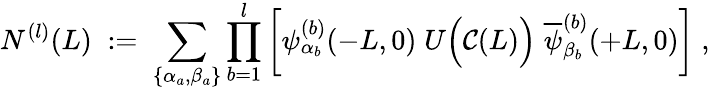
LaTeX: N^{(l)}(L)\; :=\; \sum_{\{ \alpha_{a},\beta_{a}\} }\prod_{b=1}^{l}\left[\psi_{\alpha_{b}}^{(b)}(-L,0)\; U\Big({\cal C}(L)\Big)\; \overline{{{\psi}}}_{\beta_{b}}^{(b)}(+L,0)\right]\; ,